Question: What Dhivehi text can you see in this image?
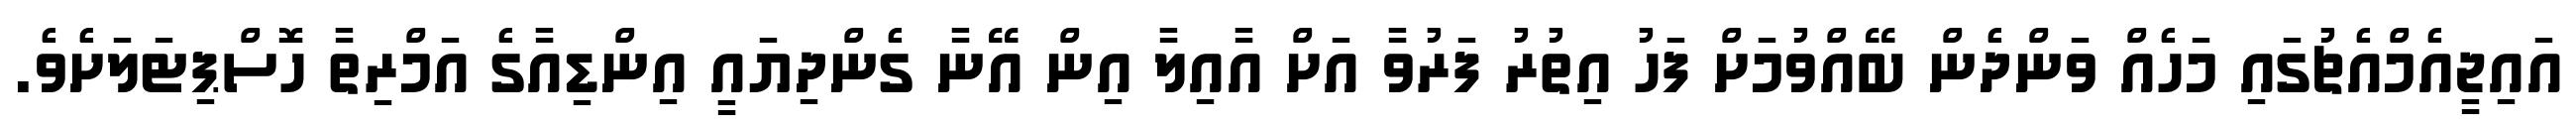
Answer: އައިޖީއެމްއެޗުގައި މަހެއް ވަންދެން ބޭއްވުމަށް ފަހު އިތުރު ފަރުވާ އަށް އާއިލާ އިން އޭނާ ގެންދިޔައީ އިންޑިއާގެ އަމްރިތާ ހޮސްޕިޓަލަށެވެ.